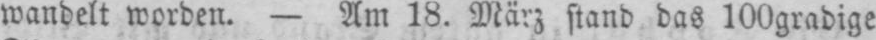
wandelt worden. - Am 18. März stand das l00gradige